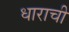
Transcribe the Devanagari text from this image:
धाराची